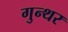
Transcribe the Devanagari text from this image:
गुन्थर